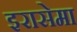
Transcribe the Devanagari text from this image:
इरासेमा